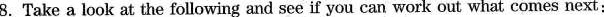
8.Take a look at the following and see if you can work out what comes next: